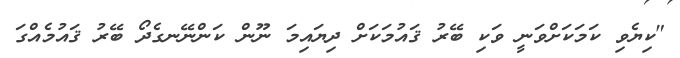
"ކިޔެވި ކަމަކަށްވަނީ ވަކި ބޭރު ޤައުމަކަށް ދިޔައިމަ ނޫން ކަންނޭނގެދޯ ބޭރު ޤައުމެއްގަ